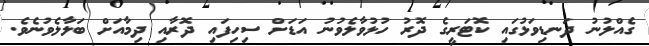
ގެއްލުނު ދަނޑިވަޅުގައި ކޮޓަރީގެ ދޮރު ހުޅުވާލެވުނު އަޑަށް ސިހިފައި ދޮރާއި ދިމާއަށް ބަލާލެވުނެވެ.